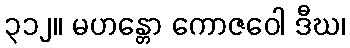
၃၁၂။ မဟန္တော ကောဇဝေါ ဒီဃ၊